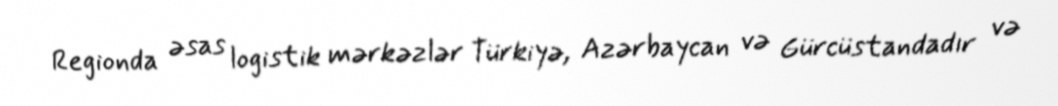
Regionda əsas logistik mərkəzlər Türkiyə, Azərbaycan və Gürcüstandadır və